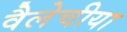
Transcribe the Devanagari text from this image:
वैलेचीया